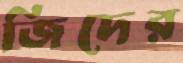
জিদের